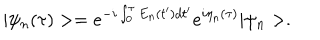
LaTeX: | \psi _ { n } ( \tau ) > = e ^ { - i \int _ { 0 } ^ { \tau } E _ { n } ( t ^ { \prime } ) d t ^ { \prime } } e ^ { i \eta _ { n } ( \tau ) } | \psi _ { n } > .